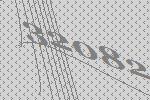
32082